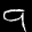
Label: 9